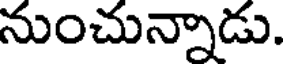
నుంచున్నాడు.